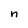
Character: n